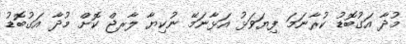
މުދާ އަގުބޮޑު ކުރާނަމަ ފިޔަވަޅު އަޅާނަމޭ ނުކިޔާ ލާރޖް ކޮށް މުދާ އަގުބޮޑު